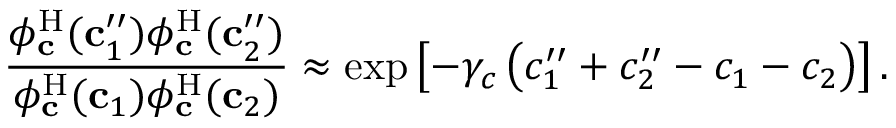
\frac { \phi _ { \mathbf { c } } ^ { \mathrm { H } } ( \mathbf { c } _ { 1 } ^ { \prime \prime } ) \phi _ { \mathbf { c } } ^ { \mathrm { H } } ( \mathbf { c } _ { 2 } ^ { \prime \prime } ) } { \phi _ { \mathbf { c } } ^ { \mathrm { H } } ( \mathbf { c } _ { 1 } ) \phi _ { \mathbf { c } } ^ { \mathrm { H } } ( \mathbf { c } _ { 2 } ) } \approx \exp \left[ - \gamma _ { c } \left( c _ { 1 } ^ { \prime \prime } + c _ { 2 } ^ { \prime \prime } - c _ { 1 } - c _ { 2 } \right) \right] .